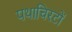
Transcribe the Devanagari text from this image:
पथाचिरटों